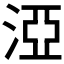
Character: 𣵾